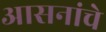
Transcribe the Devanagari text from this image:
आसनांचे